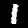
Digit: 1